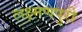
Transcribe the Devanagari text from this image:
लक्ष्मणपुरी